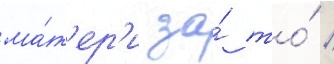
ма́т'ер'и за́ то́ /